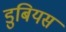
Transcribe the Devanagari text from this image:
डुबियस